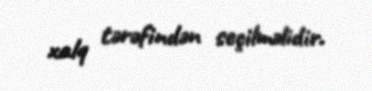
xalq tərəfindən seçilməlidir.